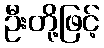
ဦးတို့ဖြင့်